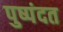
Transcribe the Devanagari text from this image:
पुष्पंदत